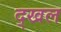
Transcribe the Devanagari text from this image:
द्खल